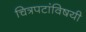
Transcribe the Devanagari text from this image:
चित्रपटांविषयी